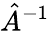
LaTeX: {\hat{A}}^{-1}